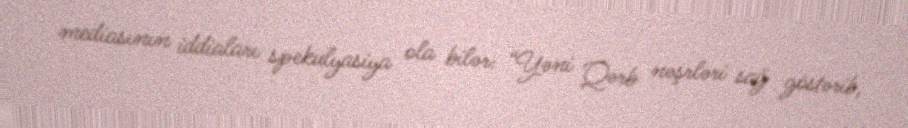
mediasının iddiaları spekulyasiya ola bilər: “Yəni Qərb nəşrləri sağ göstərib,